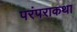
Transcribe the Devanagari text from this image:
परंपराकथा